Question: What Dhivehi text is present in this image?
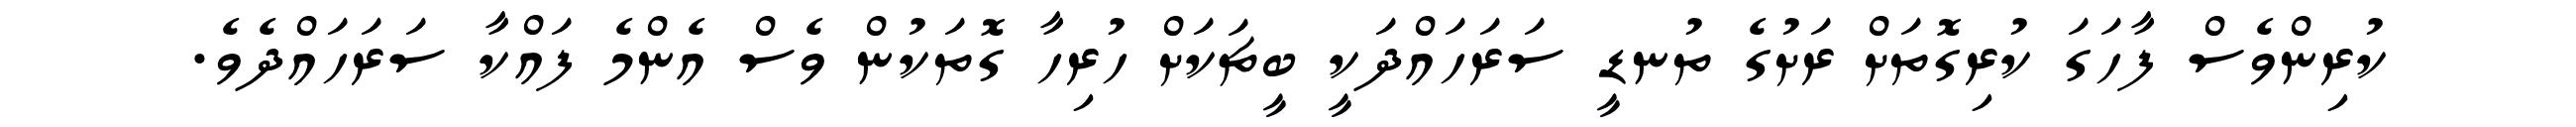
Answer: ކުރިންވެސް ފާހަގަ ކުރިގޮތަށް ރަށުގެ ތުނޑީ ސަރަހައްދަކީ ބީޗަކަށް ހުރިހާ ގޮތަކުން ވެސް އެންމެ ފައްކާ ސަރަހައްދެވެ.